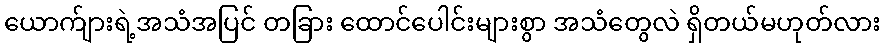
ယောက်ျားရဲ့အသံအပြင် တခြား ထောင်ပေါင်းများစွာ အသံတွေလဲ ရှိတယ်မဟုတ်လား